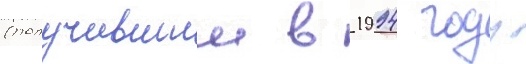
(получившии в 1994 году